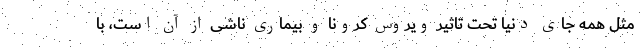
مثل همه جای دنیا تحت تاثیر ویروس کرونا و بیماری ناشی از آن است، با